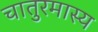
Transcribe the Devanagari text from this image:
चातुरमास्य